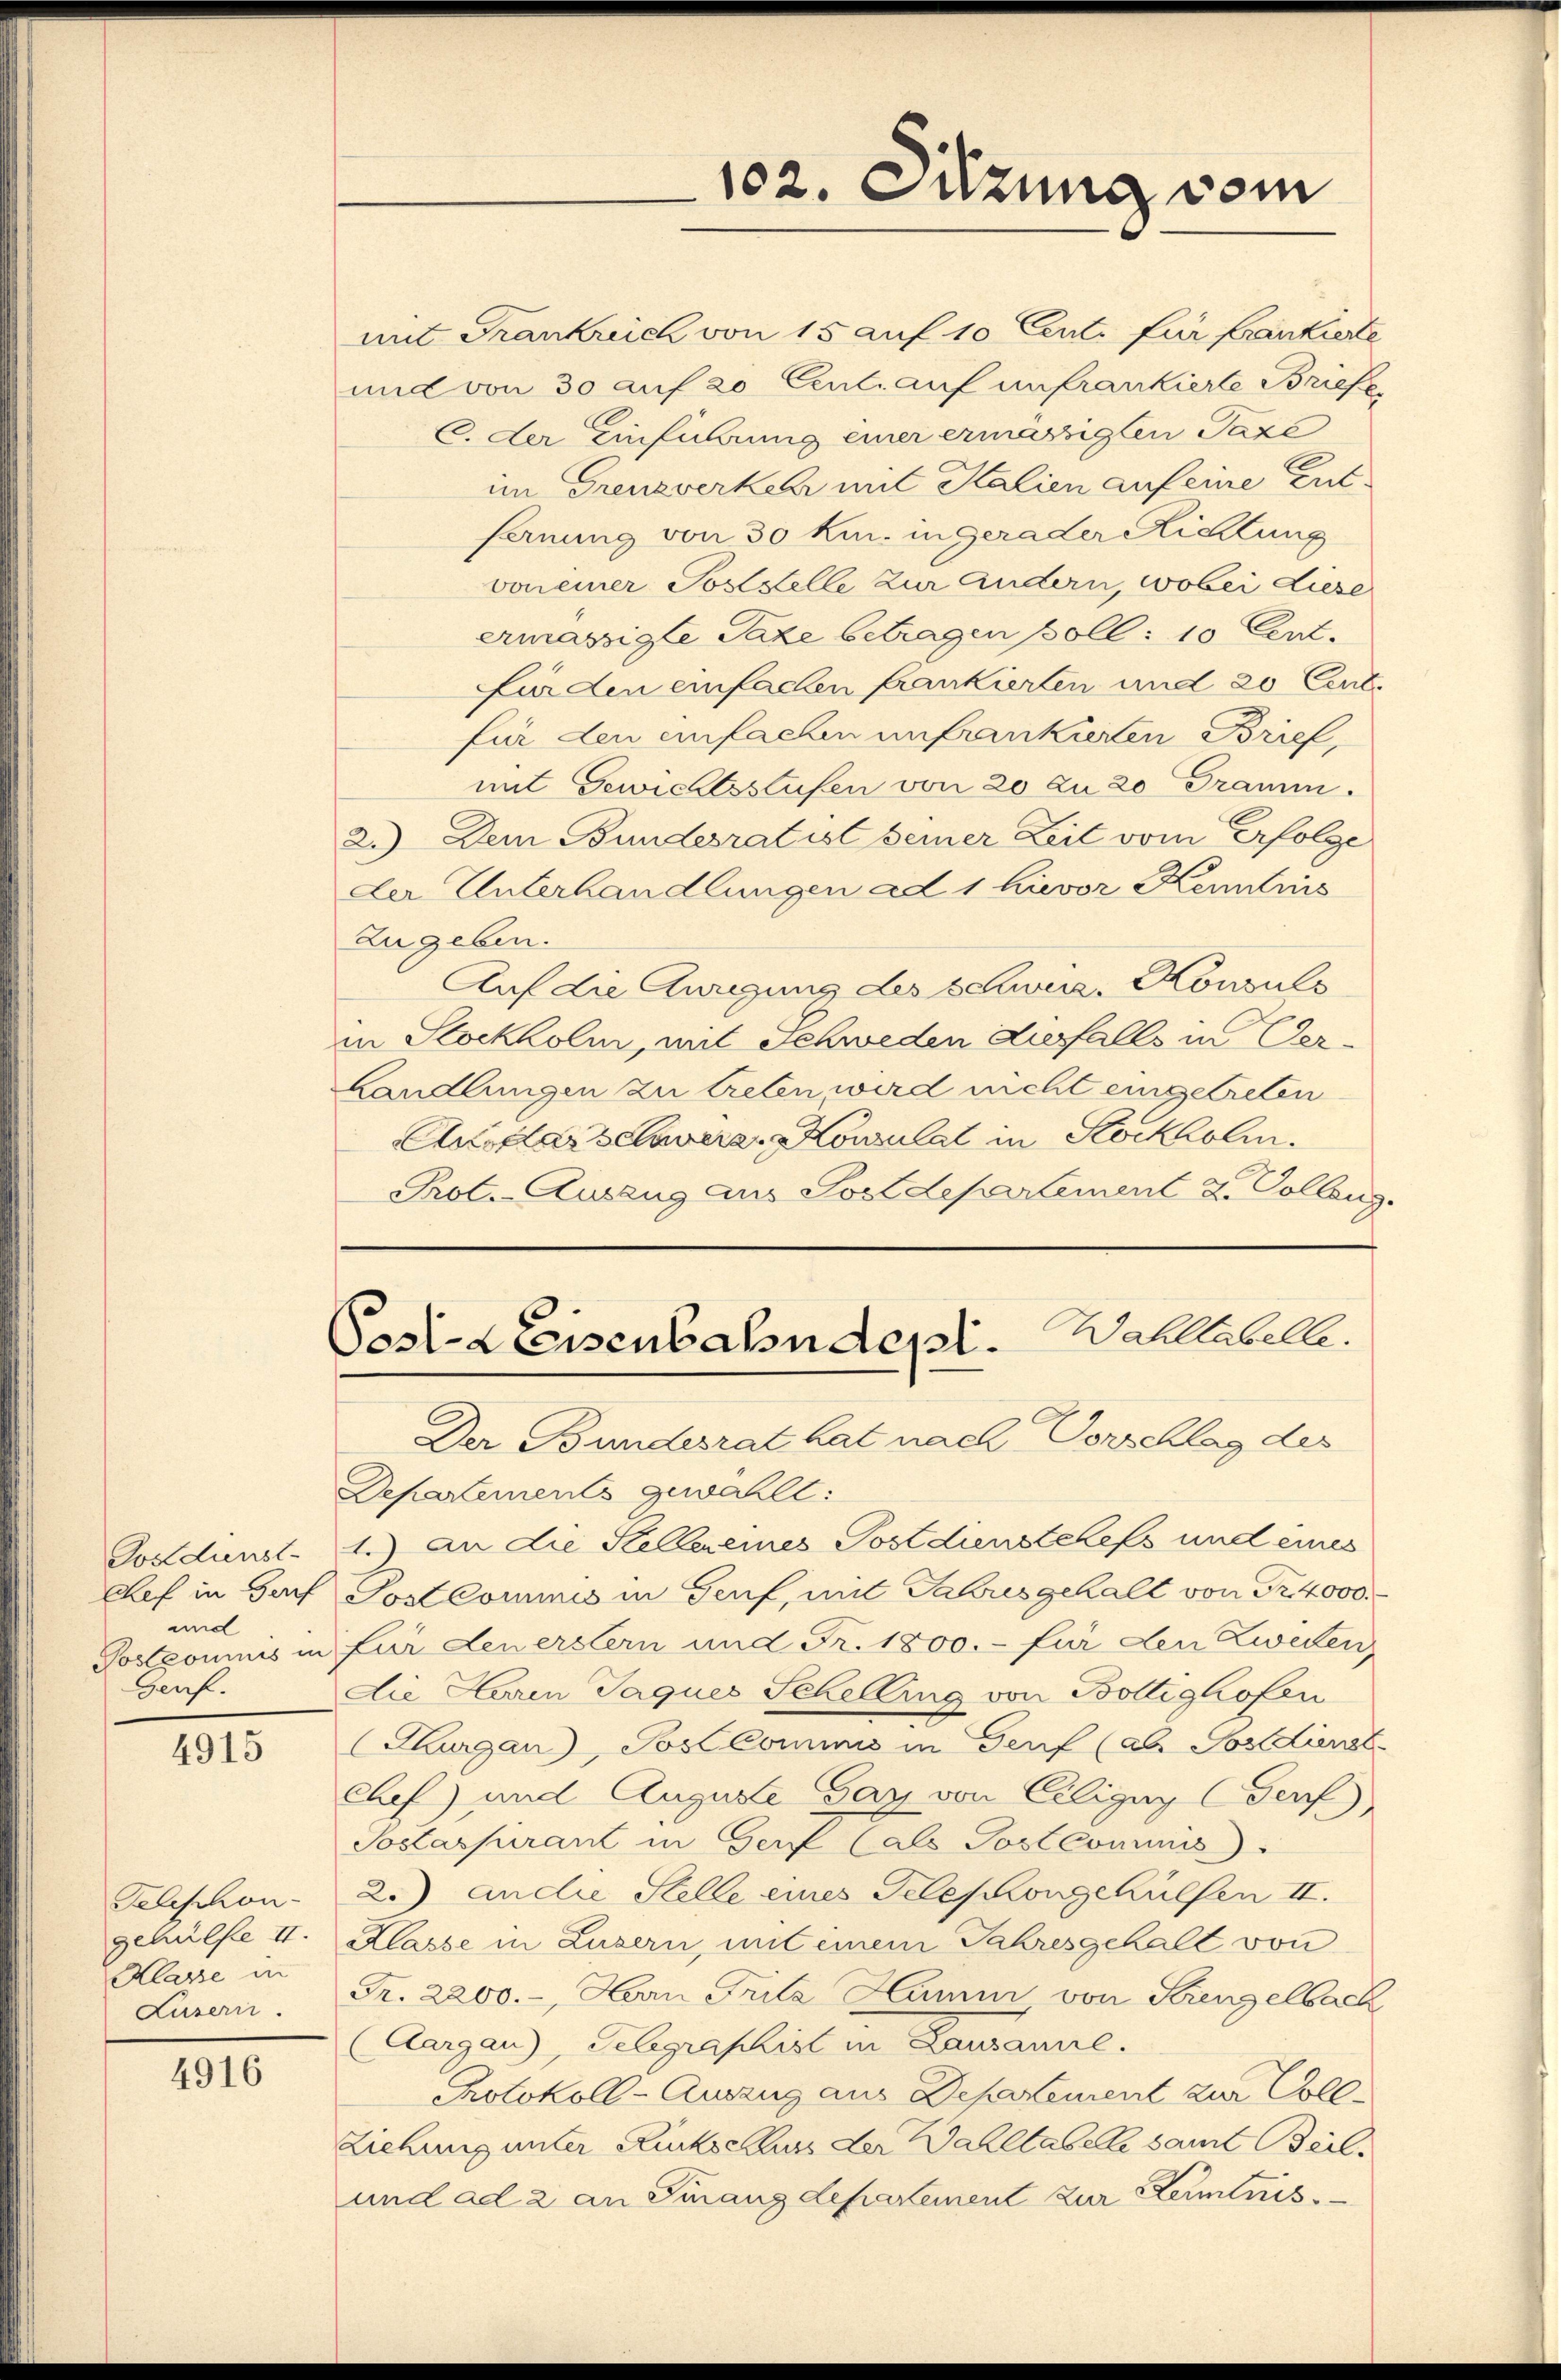
Postdienst-
und
Genf.

4915

Telephon-
Klasse in
Lusern.

4916

mit Frankreich von 15 auf 10 Centi für frankierte
und von 30 auf 20 Cent. auf unfrankierte Briefe
C. der Einführung einer ermässigten Taxe
im Grenzverkehr mit Kalien auf eine Entsernung von 30 kr. in gerader Richtung
voneiner Poststelle zur Andern, wobei Liese
ermässigte Taxe betragen poll: 10 Cent.
fürden einfachen frankierten und 20 Cent.
für den einfachen unfrankierten Brief,
mit Gewichtsstufen von 20 zu 20 Gramm.
2.) Dem Bundesrat ist seiner Zeit vom Erfolge
der Unterhandlungen ad 1 hievor Kenntnis
Zugeben.
Auf die Anregung des schwere. Konsuls
in Stockholm, mit Schweden diesfalls in Ver¬
Landlungen zu treten wird nicht eingetreten
Ausdarschwere Konsulat in Stockholm.
Prot.-Auszug aus Postdepartement 2. Vollzug.

102. Sitzung vom

Wahltabelle.
Posl-LEeisenbahndepl.

Der Bundesrat hat nach Vorschlag des
Departements gewählt:
1.) An die Stellereines Postdienstelefs und eines
Chef in Genf Postcommis in Genf, mit Jahres gehalt von Fr. 4000.
Postpoumis in für Feuerstern und Fr. 1800.- für den Zweden
die Herren Jaques Schelling von Boltighofen
(Hurgau), Post kommnis in Genf (als Postdienst
chef) und Auguste Gay von Ciligny (Genf)
Soslaspirant in Genf (als Post commis
2. ander Stelle eines Telephongehülfen II.
gehülfe II. Klasse in Luzern, mit einem Jahresgehalt von
Fr. 2200.-, Han Fritz Hamm, von Serenzelbach
Aargau), Gelegraphist in Lausanne.
Protokoll-Auszug aus Departement zur Voll¬
Ziehung unter Rückschluss der Wahltabelle samt Beil.
und ad 2 an Finanzdepartement zur Kenntnis